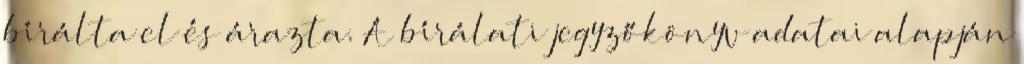
bírálta el és árazta. A bírálati jegyzőkönyv adatai alapján